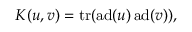
K ( u , v ) = \operatorname { t r } ( \operatorname { a d } ( u ) \operatorname { a d } ( v ) ) ,